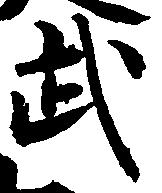
武